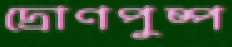
দ্রোণপুষ্প